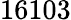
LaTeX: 16103